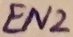
Text: EN2